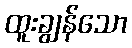
ထူးချွန်သော